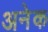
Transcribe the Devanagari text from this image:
अनेेक